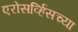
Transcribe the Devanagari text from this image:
एरोसर्व्हिसच्या